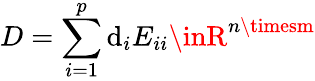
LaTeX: D=\sum_{i=1}^{p}\mathrm{d}_{i}E_{ii}\inR^{n\timesm}